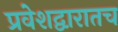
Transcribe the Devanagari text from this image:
प्रवेशद्वारातच